Scientific memoirs by medical officers of the Army of India - Part VIII,
Year: 1894
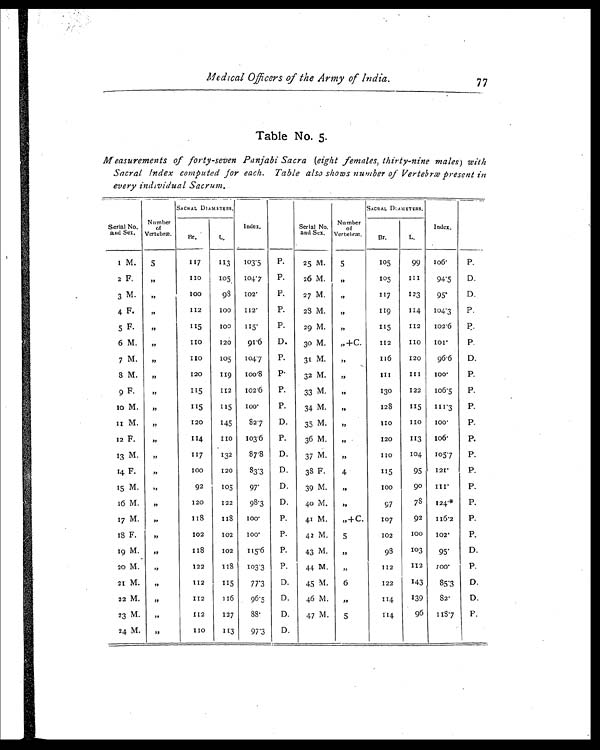
Medical Officers of the Army of India.
77
Table No. 5.
Measurements of forty-seven Panjabi Sacra (eight females, thirty-nine males) with
Sacral Index computed for each. Table also shows number of Vertebræ present in
every individual Sacrum.
Serial No.
and Sex.
Number of
Vertebræ.
SACRAL DIAMETERS,
Index.
Serial No.
and Sex.
Number
of
Vertebræ.
SACRAL DIAMETERS.
Index.
Br.
L.
Br.
L.
1 M. 5
1 1 7 113 103.5 P.
25 M. 5
105
99 106.
P.
2 F.
"
110
105 104.7 P.
26 M. „
105
1 1 1 94.5 D.
3 M. ,,
100
98 102.
P.
27 M. „
117
123
95.
D.
4 F.
,,
112
1 0 0 112.
P.
28 M. „
119
114 104.3 P.
5 F.
„
115
100 115.
P.
29 M. ,,
115
112 102.6 P.
6 M.
7 M.
,,
,,
1 1 0
110
120
105
91.6
104.7
D.
P.
30 M.
31 M.
,,+C.
„
112
116
110
120
1 0 1 .
96.6
P.
D.
8 M.
9 F
,,
,,
120
115
119
112
100.8
102.6
P.
P.
32 M.
33 M.
,,
„
1 1 1
130
1 1 1
122
1 0 0 .
106.5
P.
P.
10 M. „
115
115
1 0 0 .
P.
34 M.
„
128
115 111.3 P.
11 M. ,,
120
145
82.7
D.
35 M. „
110 110
1 0 0 .
P.
12 F.
„
114
1 1 0 103.6
P.
36 M.
„
120
113
1 0 6 .
P.
13 M. ,,
1 1 7 132
87.8 D.
37 M. ,,
110
104 105.7 P.
14 F.
„
100
120
83.3
D.
38 F.
4
115
95 121.
P.
15 M.
„
92
105
97.
D.
39 M. ,,
100
90 111.
P.
16 M
„
120
122
98.3 D.
40 M. ,,
97
78
1 2 4 . * P.
17 M. ,,
118
1 1 8 100 .
P.
41 M. „+C.
107
92 116.2 P.
18 F.
„
102
102
1 0 0 .
P.
42 M. 5
102
100
1 0 2 .
P.
19 M. „
118
102 115.6
P.
43 M. ,,
98
103
95.
D.
20 M.
„
122
118 103.3
P.
44 M. ,,
112
112
1 0 0 .
P.
21 M.
„
112
115
77.3
D.
45 M. 6
122
143
85.3 D.
22 M.
„
112
116
96.5
D.
46 M. „
114
139
82.
D.
23 M.
„
112
127 88.
D.
47 M. 5
114
96
1 1 8 . 7 F.
24 M. „
1 1 0
1 1 3 97.3 D.